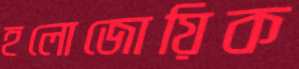
হলোজোয়িক